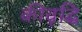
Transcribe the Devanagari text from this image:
कीवृद्धि